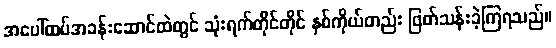
အပေါ်ထပ်အခန်းဆောင်ထဲတွင် သုံးရက်တိုင်တိုင် နှစ်ကိုယ်တည်း ဖြတ်သန်းခဲ့ကြရသည်။